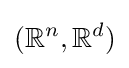
(\mathbb {R} ^{n},\mathbb {R} ^{d})